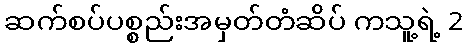
ဆက်စပ်ပစ္စည်းအမှတ်တံဆိပ် ကသူ့ရဲ့ 2